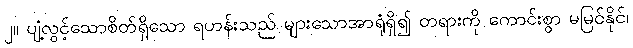
၂။ ပျံ့လွင့်သောစိတ်ရှိသော ရဟန်းသည် များသောအာရုံရှိ၍ တရားကို ကောင်းစွာ မမြင်နိုင်၊